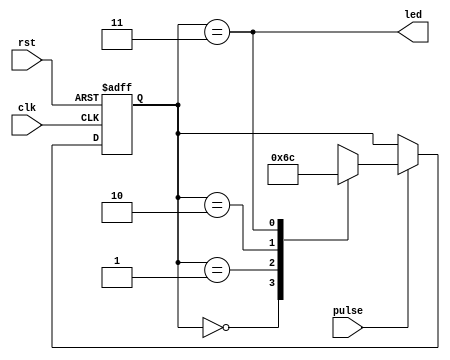
module test (
    input clk,
    input rst,
    input pulse,
    output led
);
    parameter A = 2'b00;
    parameter B = 2'b01;
    parameter C = 2'b10;
    parameter D = 2'b11;
    reg [1:0] current_state;
    reg [1:0] next_state;

    always @ *
    begin
        if (pulse)
        begin
            // next_state = next_state + 1;
            case (current_state)
            A: next_state = B;
            B: next_state = C;
            C: next_state = D;
            D: next_state = A;
            endcase
        end
        else
        begin
            next_state = current_state;
        end
    end

    always @ (posedge clk or posedge rst)
    begin
        if (rst) current_state <= A;
        else current_state <= next_state;
    end

    assign led = (current_state == D);
endmodule